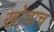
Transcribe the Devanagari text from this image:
खोडाच